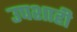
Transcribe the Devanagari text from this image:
उपशाही